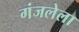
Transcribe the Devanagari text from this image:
गंजलेला